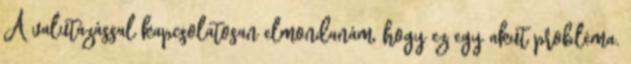
A valutázással kapcsolatosan elmondanám, hogy ez egy akut probléma.